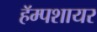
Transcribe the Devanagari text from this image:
हॅम्पशायर